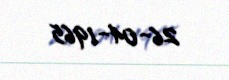
26-04-1965